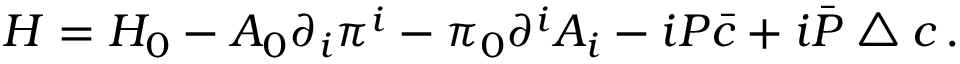
{ \cal H } = { \cal H } _ { 0 } - A _ { 0 } \partial _ { i } \pi ^ { i } - \pi _ { 0 } \partial ^ { i } A _ { i } - i { \cal P } \bar { c } + i \bar { \cal P } \bigtriangleup c \, .